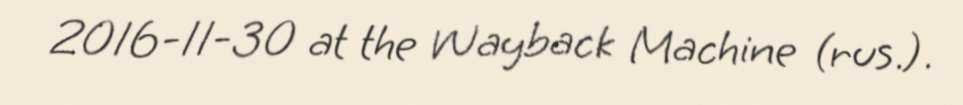
2016-11-30 at the Wayback Machine (rus.).